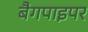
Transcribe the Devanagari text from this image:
बैगपाइपर